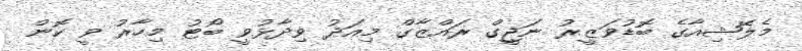
މެލޭޝިއާގެ ބޮޑުވަޒީރު ނަޖީގް ރައްޒާގް މިއަދު ވިދާޅުވީ ބޯޓު މިހާރު ވީ ކޮން